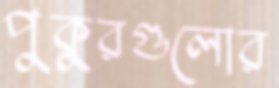
পুকুরগুলোর